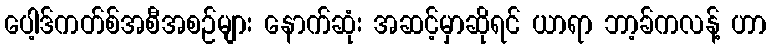
ပေါ့ဒ်ကတ်စ်အစီအစဉ်များ နောက်ဆုံး အဆင့်မှာဆိုရင် ယာရာ ဘာ့ခ်ကလန့် ဟာ